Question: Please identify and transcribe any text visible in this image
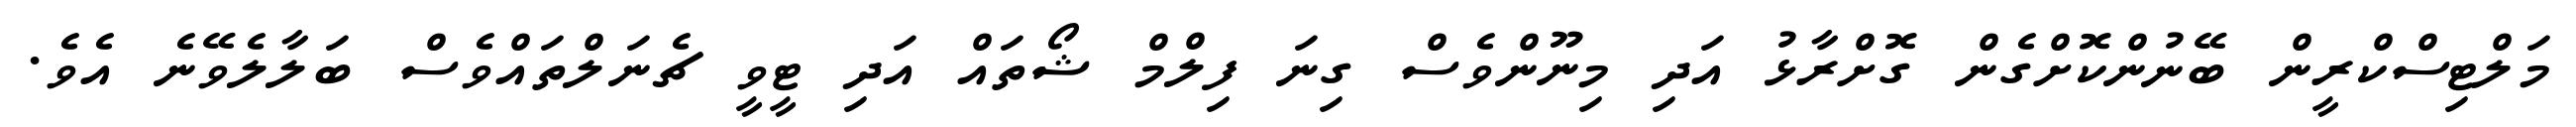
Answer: މަލްޓިސްކްރީން ބޭނުންކޮށްގެން ގޮށްރާޅު އަދި މިނޫންވެސް ގިނަ ފިލްމް ޝޯތައް އަދި ޓީވީ ޗެނަލްތައްވެސް ބަލާލެވޭނެ އެވެ.